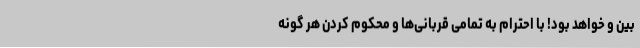
بین و خواهد بود! با احترام به تمامی قربانی‌ها و محکوم کردن هر گونه